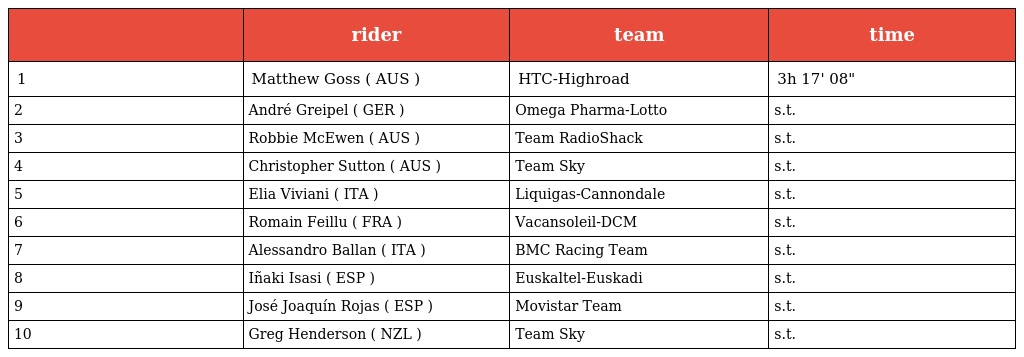
|  | rider | team | time |
 | --- | --- | --- | --- |
 | 1 | Matthew Goss ( AUS ) | HTC-Highroad | 3h 17' 08" |
 | 2 | André Greipel ( GER ) | Omega Pharma-Lotto | s.t. |
 | 3 | Robbie McEwen ( AUS ) | Team RadioShack | s.t. |
 | 4 | Christopher Sutton ( AUS ) | Team Sky | s.t. |
 | 5 | Elia Viviani ( ITA ) | Liquigas-Cannondale | s.t. |
 | 6 | Romain Feillu ( FRA ) | Vacansoleil-DCM | s.t. |
 | 7 | Alessandro Ballan ( ITA ) | BMC Racing Team | s.t. |
 | 8 | Iñaki Isasi ( ESP ) | Euskaltel-Euskadi | s.t. |
 | 9 | José Joaquín Rojas ( ESP ) | Movistar Team | s.t. |
 | 10 | Greg Henderson ( NZL ) | Team Sky | s.t. |